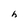
Character: h